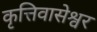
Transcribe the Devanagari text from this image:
कृत्तिवासेश्वर